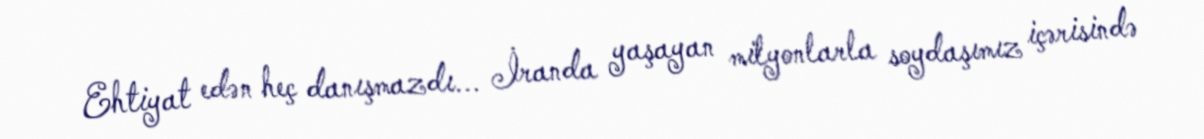
Ehtiyat edən heç danışmazdı... İranda yaşayan milyonlarla soydaşımız içərisində